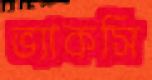
ভ্যাকসি